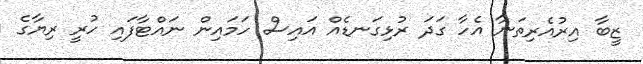
ޒީބާ އިރުއެރިތަނާ އެހާ ގަދަ ރުޅިގަނޑެއް އައިސް ހަމައިން ނައްޓާފައި ހުރީ ރިޔާގެ